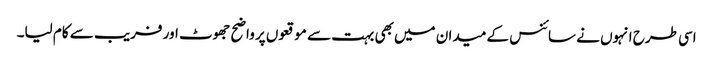
اسی طرح انہوں نے سائنس کے میدان میں بھی بہت سے موقعوں پر واضح جھوٹ اور فریب سے کام لیا۔